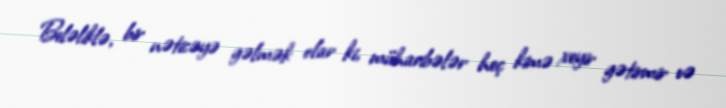
Beləliklə, bir nəticəyə gəlmək olar ki, müharibələr heç kimə xeyir gətirmir və